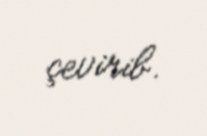
çevirib.